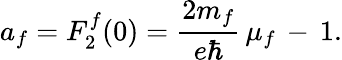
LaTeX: a_{f}=F_{2}^{f}(0)=\frac{2m_{f}}{e\hbar}\, \mu_{f}\, -\, 1.